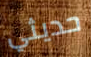
حديثي